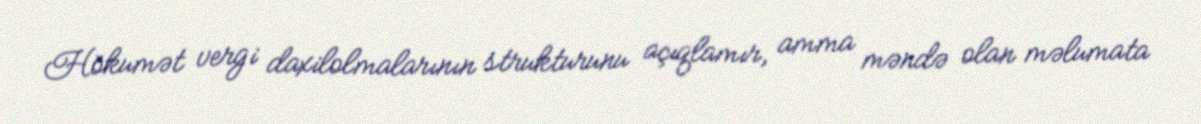
Hökumət vergi daxilolmalarının strukturunu açıqlamır, amma məndə olan məlumata